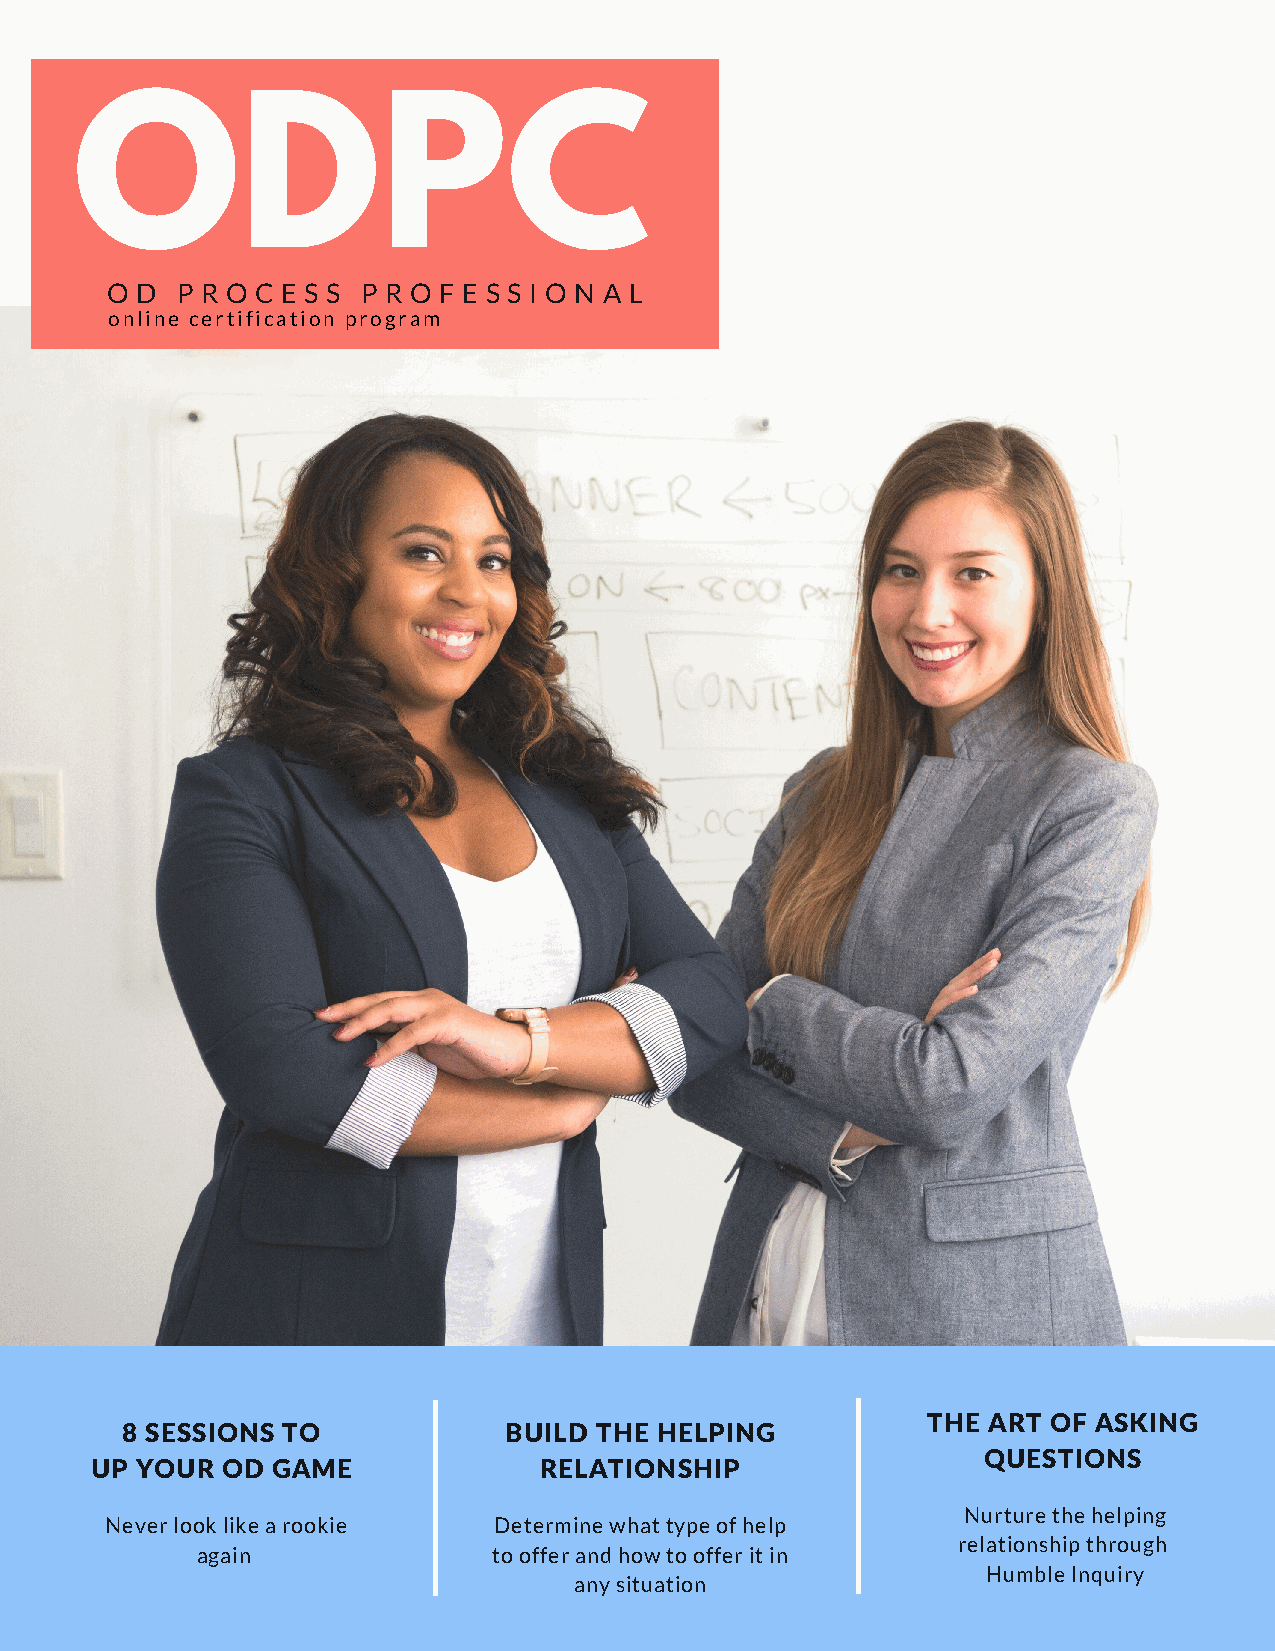
ODPC
 O D  P R O C E S S P R O F E S S I O N A L
 online certification program
 THE ART OF ASKING
 8 SESSIONS TO            BUILD THE HELPING
 QUESTIONS
 UP YOUR  OD GAME              RELATIONSHIP
 Nurture the helping
 Never look like a rookie  Determine what type of help
 relationship through
 again               to offer and how to offer it in
 Humble Inquiry
 any situation